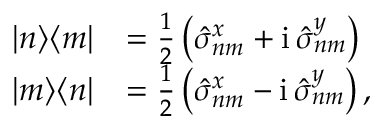
\begin{array} { r l } { | n \rangle \langle m | } & { = { \frac { 1 } { 2 } } \left( \hat { \sigma } _ { n m } ^ { x } + \mathrm { i } \, \hat { \sigma } _ { n m } ^ { y } \right) } \\ { | m \rangle \langle n | } & { = { \frac { 1 } { 2 } } \left( \hat { \sigma } _ { n m } ^ { x } - \mathrm { i } \, \hat { \sigma } _ { n m } ^ { y } \right) , } \end{array}